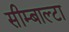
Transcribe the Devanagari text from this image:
सीम्बाल्टा